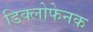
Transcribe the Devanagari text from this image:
डिक्लोफेनक